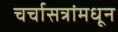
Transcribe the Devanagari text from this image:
चर्चासत्रांमधून